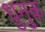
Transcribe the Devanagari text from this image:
धुनुक